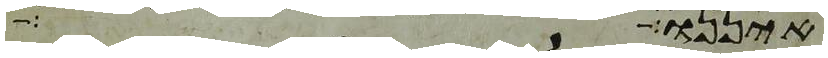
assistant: איננו